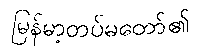
မြန်မာ့တပ်မတော်၏